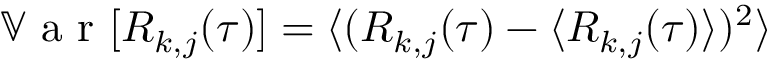
\mathbb { V } \textrm { a r } [ R _ { k , j } ( \tau ) ] = \langle ( R _ { k , j } ( \tau ) - \langle R _ { k , j } ( \tau ) \rangle ) ^ { 2 } \rangle